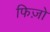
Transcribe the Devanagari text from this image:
फिज़ो